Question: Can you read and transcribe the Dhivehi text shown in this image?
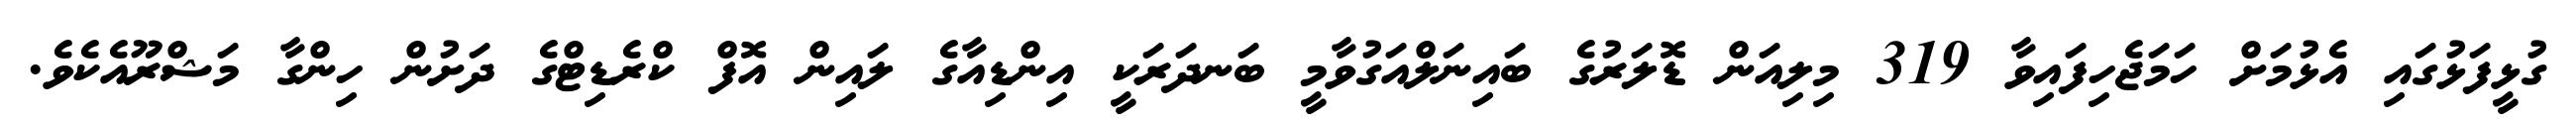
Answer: ގުޅީފަޅުގައި އެޅުމަށް ހަމަޖެހިފައިވާ 319 މިލިއަން ޑޮލަރުގެ ބައިނަލްއަގުވާމީ ބަނދަރަކީ އިންޑިއާގެ ލައިން އޮފް ކްރެޑިޓްގެ ދަށުން ހިންގާ މަޝްރޫއެކެވެ.